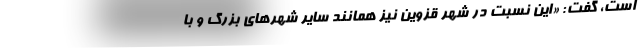
است، گفت: «این نسبت در شهر قزوین نیز همانند سایر شهرهای بزرگ و با